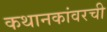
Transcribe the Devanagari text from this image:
कथानकांवरची